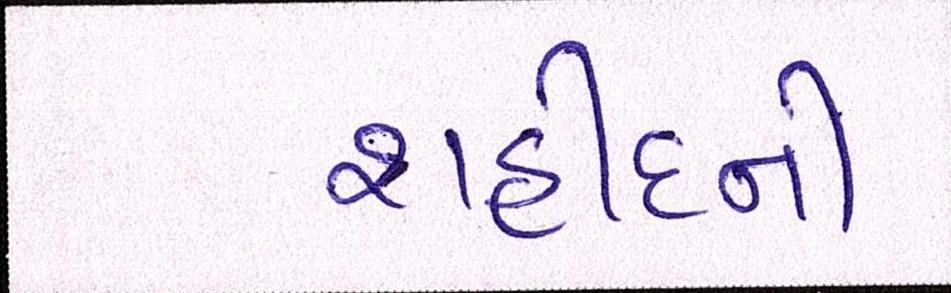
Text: શહીદની